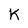
Character: K